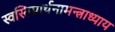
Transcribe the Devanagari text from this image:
स्वस्तिप्रार्थनामन्त्राध्याय